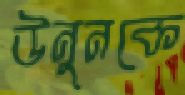
উনুনকে